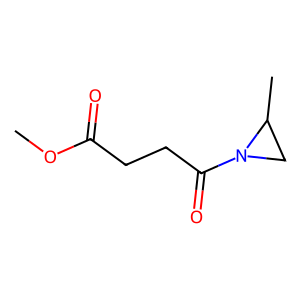
SMILES: COC(=O)CCC(=O)N1CC1C
Inhibits HIV replication: No